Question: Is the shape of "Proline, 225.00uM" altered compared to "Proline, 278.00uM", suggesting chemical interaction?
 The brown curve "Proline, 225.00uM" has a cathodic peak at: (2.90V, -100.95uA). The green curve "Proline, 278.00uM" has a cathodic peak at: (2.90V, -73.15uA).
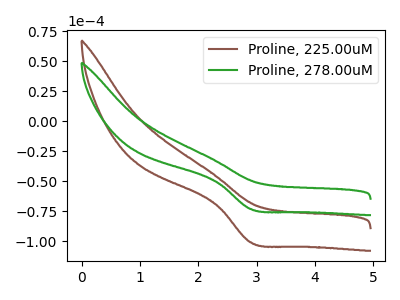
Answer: <think>All the peaks in "Proline, 225.00uM" have a peak in "Proline, 278.00uM" at the same potential. Every peak in "Proline, 225.00uM" is higher than every peak in "Proline, 278.00uM".
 </think>
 <answer>No, "Proline, 225.00uM" and "Proline, 278.00uM" don't appear to be significantly different in shape</answer>
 <eval>no_change</eval>